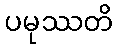
ပမုဿတိ